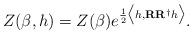
LaTeX: \begin{align*} Z(\beta,h) = Z(\beta) e^{\frac{1}{2}\bigl<h,\mathbf{R}\mathbf{R}^\dagger h\bigr>}.\end{align*}